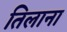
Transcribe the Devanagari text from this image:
तिलाना